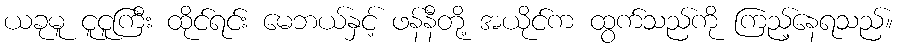
ယခုမူ ငူငူကြီး ထိုင်ရင်း မေဘယ်နှင့် ဖန်နီတို့ အယိုင်က ထွက်သည်ကို ကြည့်နေရသည်။